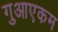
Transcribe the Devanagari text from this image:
गुआएकम